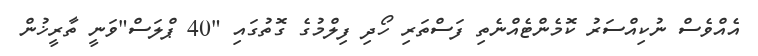
އެއްވެސް ނުކިއްސަރު ކޮމެންޓެއްނެތި ފަސްތަރި ހޯދި ފިލްމުގެ ގޮތުގައި "40 ޕްލަސް"ވަނީ ތާރީޚުން